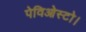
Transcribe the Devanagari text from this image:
पेविओस्टो।